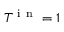
T ^ { \mathrm { ~ i ~ n ~ } } = 1